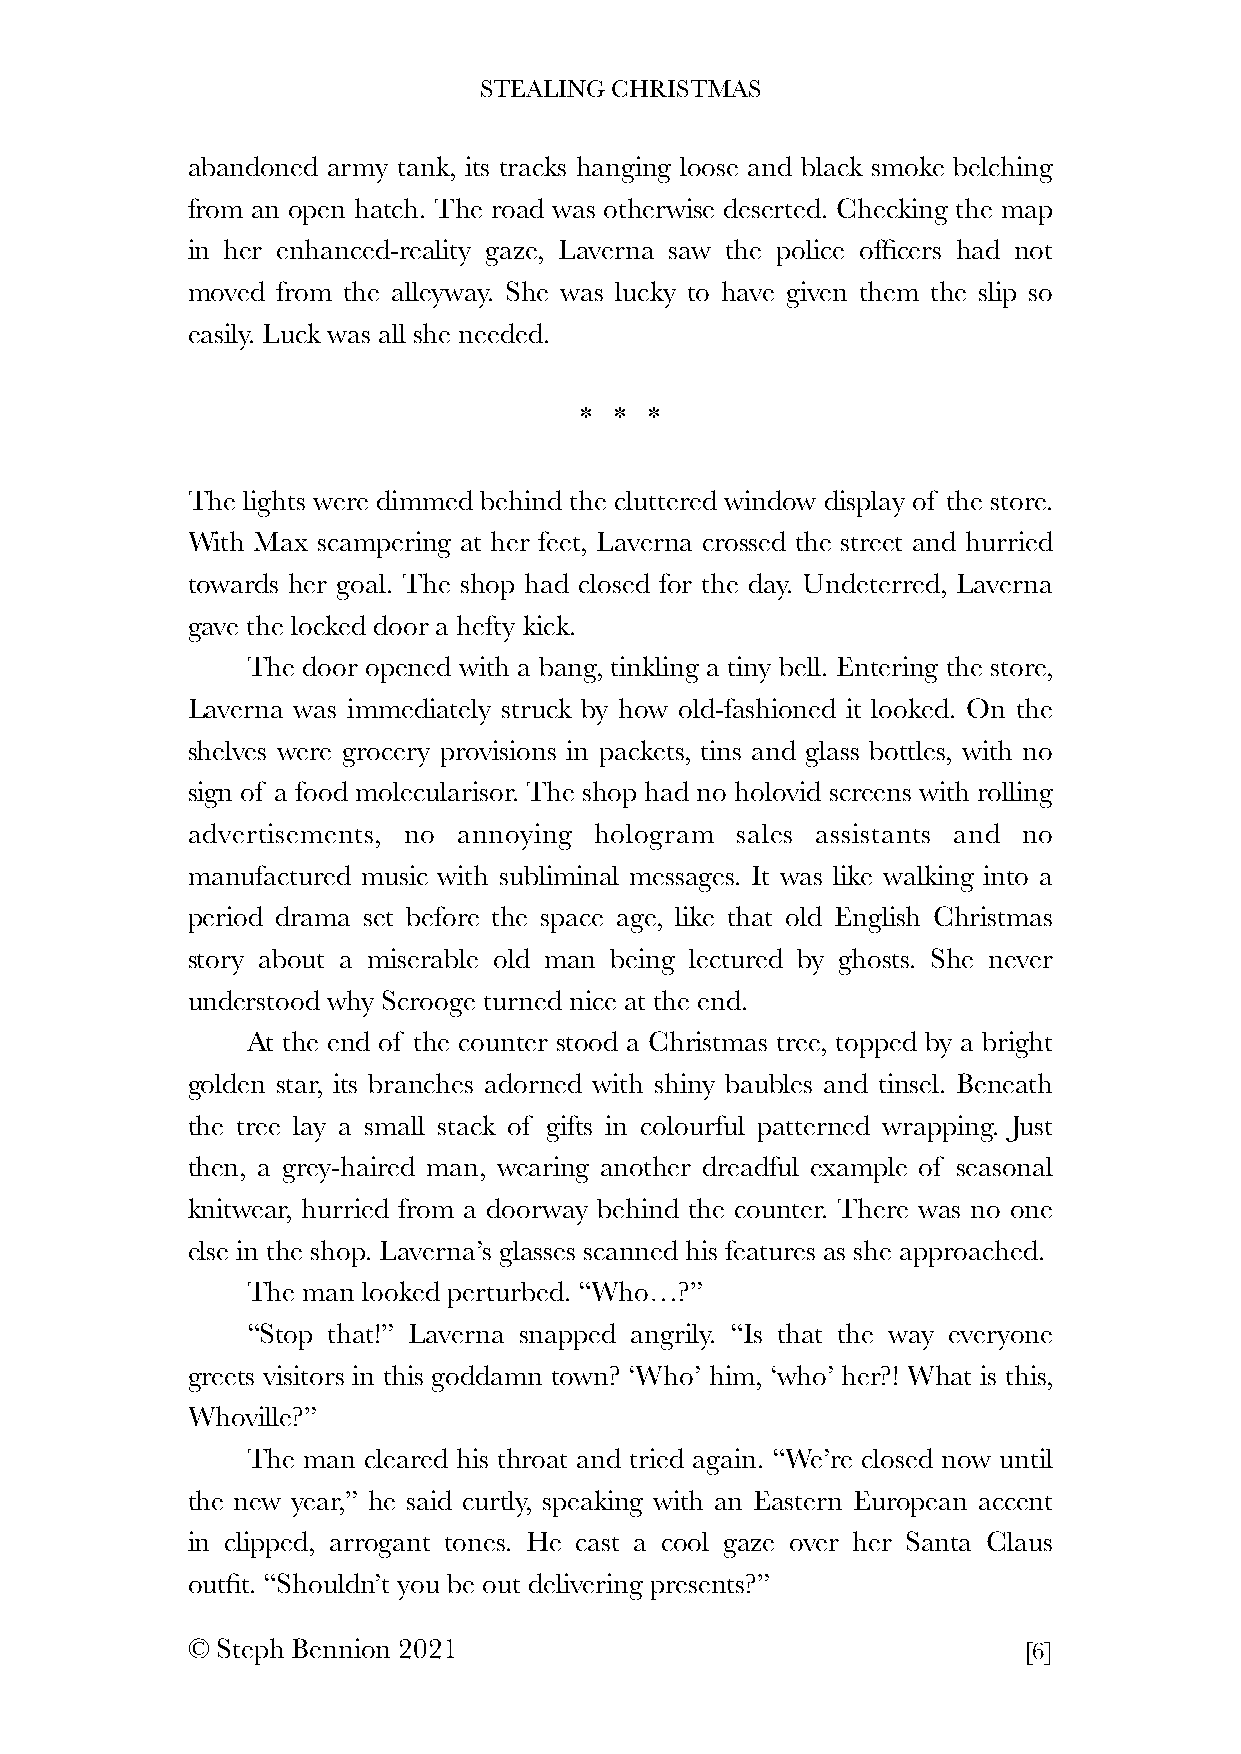
STEALING CHRISTMAS
 abandoned army tank, its tracks hanging loose and black smoke belching
 from an open hatch. The road was otherwise deserted. Checking the map
 in her enhanced-reality gaze, Laverna saw the police officers had not
 moved from the alleyway. She was lucky to have given them the slip so
 easily. Luck was all she needed.
 *  * *
 The lights were dimmed behind the cluttered window display of the store.
 With Max scampering at her feet, Laverna crossed the street and hurried
 towards her goal. The shop had closed for the day. Undeterred, Laverna
 gave the locked door a hefty kick.
 The door opened with a bang, tinkling a tiny bell. Entering the store,
 Laverna was immediately struck by how old-fashioned it looked. On the
 shelves were grocery provisions in packets, tins and glass bottles, with no
 sign of a food molecularisor. The shop had no holovid screens with rolling
 advertisements, no annoying hologram sales assistants and no
 manufactured music with subliminal messages. It was like walking into a
 period drama set before the space age, like that old English Christmas
 story about a miserable old man being lectured by ghosts. She never
 understood why Scrooge turned nice at the end.
 At the end of the counter stood a Christmas tree, topped by a bright
 golden star, its branches adorned with shiny baubles and tinsel. Beneath
 the tree lay a small stack of gifts in colourful patterned wrapping. Just
 then, a grey-haired man, wearing another dreadful example of seasonal
 knitwear, hurried from a doorway behind the counter. There was no one
 else in the shop. Laverna’s glasses scanned his features as she approached.
 The man looked perturbed. “Who…?”
 “Stop that!” Laverna snapped angrily. “Is that the way everyone
 greets visitors in this goddamn town? ‘Who’ him, ‘who’ her?! What is this,
 Whoville?”
 The man cleared his throat and tried again. “We’re closed now until
 the new year,” he said curtly, speaking with an Eastern European accent
 in clipped, arrogant tones. He cast a cool gaze over her Santa Claus
 outfit. “Shouldn’t you be out delivering presents?”
 © Steph Bennion 2021                                    [6]